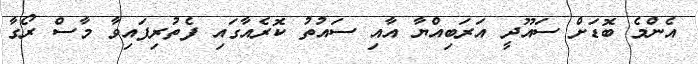
އެންމެ ބޮޑަށް ސައޫދީ އަރަބިއްޔާ އާއި ސައުތު ކޮރެއާގައި ފެތުރިފައިވާ މާސް ރޯގާ